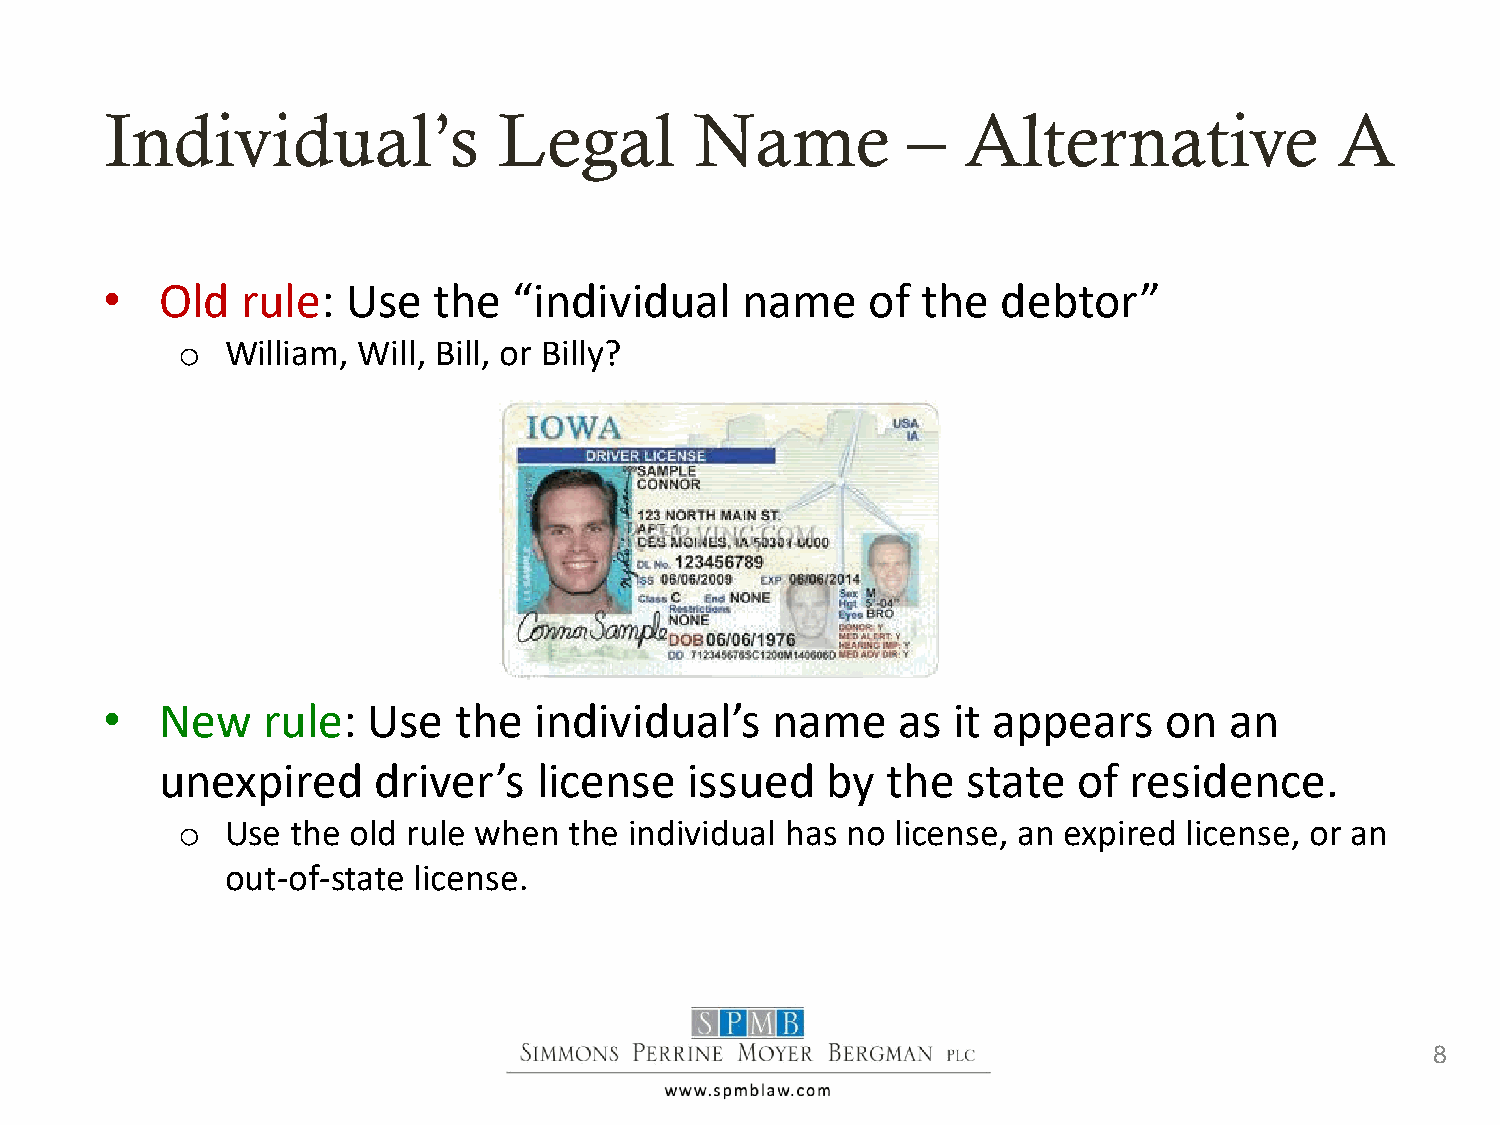
Individual’s              Legal        Name          –   Alternative              A
 •   Old  rule:  Use   the  “individual    name     of the  debtor”
 o  William, Will, Bill, or Billy?
 •   New   rule:  Use   the  individual’s    name    as  it appears    on  an
 unexpired     driver’s   license   issued   by  the  state  of  residence.
 o  Use the old rule when  the individual has no license, an expired license, or an
 out-of-state license.
 8